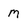
Character: M